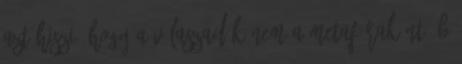
azt hiszi, hogy a válaszadók nem a metafóraként, b